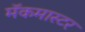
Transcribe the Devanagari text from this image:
मॅकमास्टर